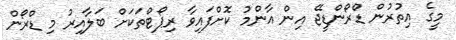
މީގެ އިތުރުން ޑްރޯންޑީޖޭ އިން އާންމު ކޮށްފައިވާ ރިޕޯޓްތަކަށް ބަލާއިރު މި ޑްރޯން